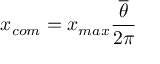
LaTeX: x _ { c o m } = x _ { m a x } { \frac { \overline { { \theta } } } { 2 \pi } }